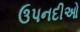
ઉપનદીઓ